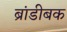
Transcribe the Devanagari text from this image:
ब्रांडीबक